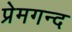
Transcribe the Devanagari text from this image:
प्रेमगन्द